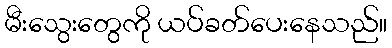
မီးသွေးတွေကို ယပ်ခတ်ပေးနေသည်။